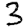
Digit: 3